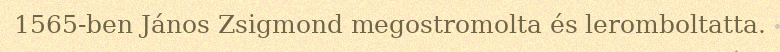
1565-ben János Zsigmond megostromolta és leromboltatta.